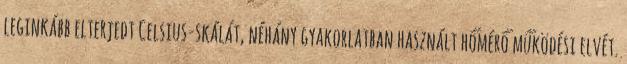
leginkább elterjedt Celsius-skálát, néhány gyakorlatban használt hőmérő működési elvét.